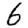
Digit: 6